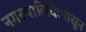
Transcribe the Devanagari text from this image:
नगरपालिकेपासून